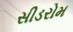
સીડરોમ